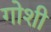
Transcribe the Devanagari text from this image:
गोशी